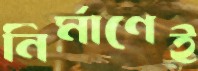
নির্মাণেই